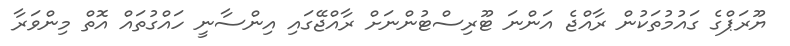
ޔޫރަޕްގެ ގައުމުތަކުން ރާއްޖެ އަންނަ ޓޫރިސްޓުންނަށް ރާއްޖޭގައި އިންސާނީ ހައްގުތަައް އޮތް މިންވަރާ